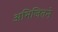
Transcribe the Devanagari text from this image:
अभिजितने